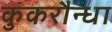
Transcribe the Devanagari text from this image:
कुकरौन्धा